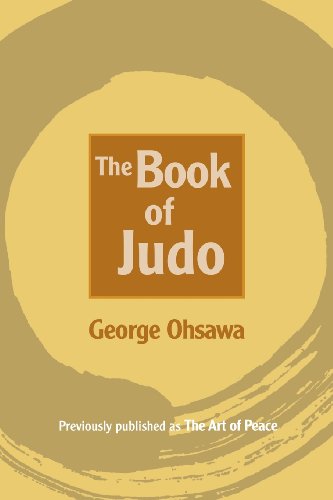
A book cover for The Book of Judo; George Ohsawa; Health, Fitness & Dieting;